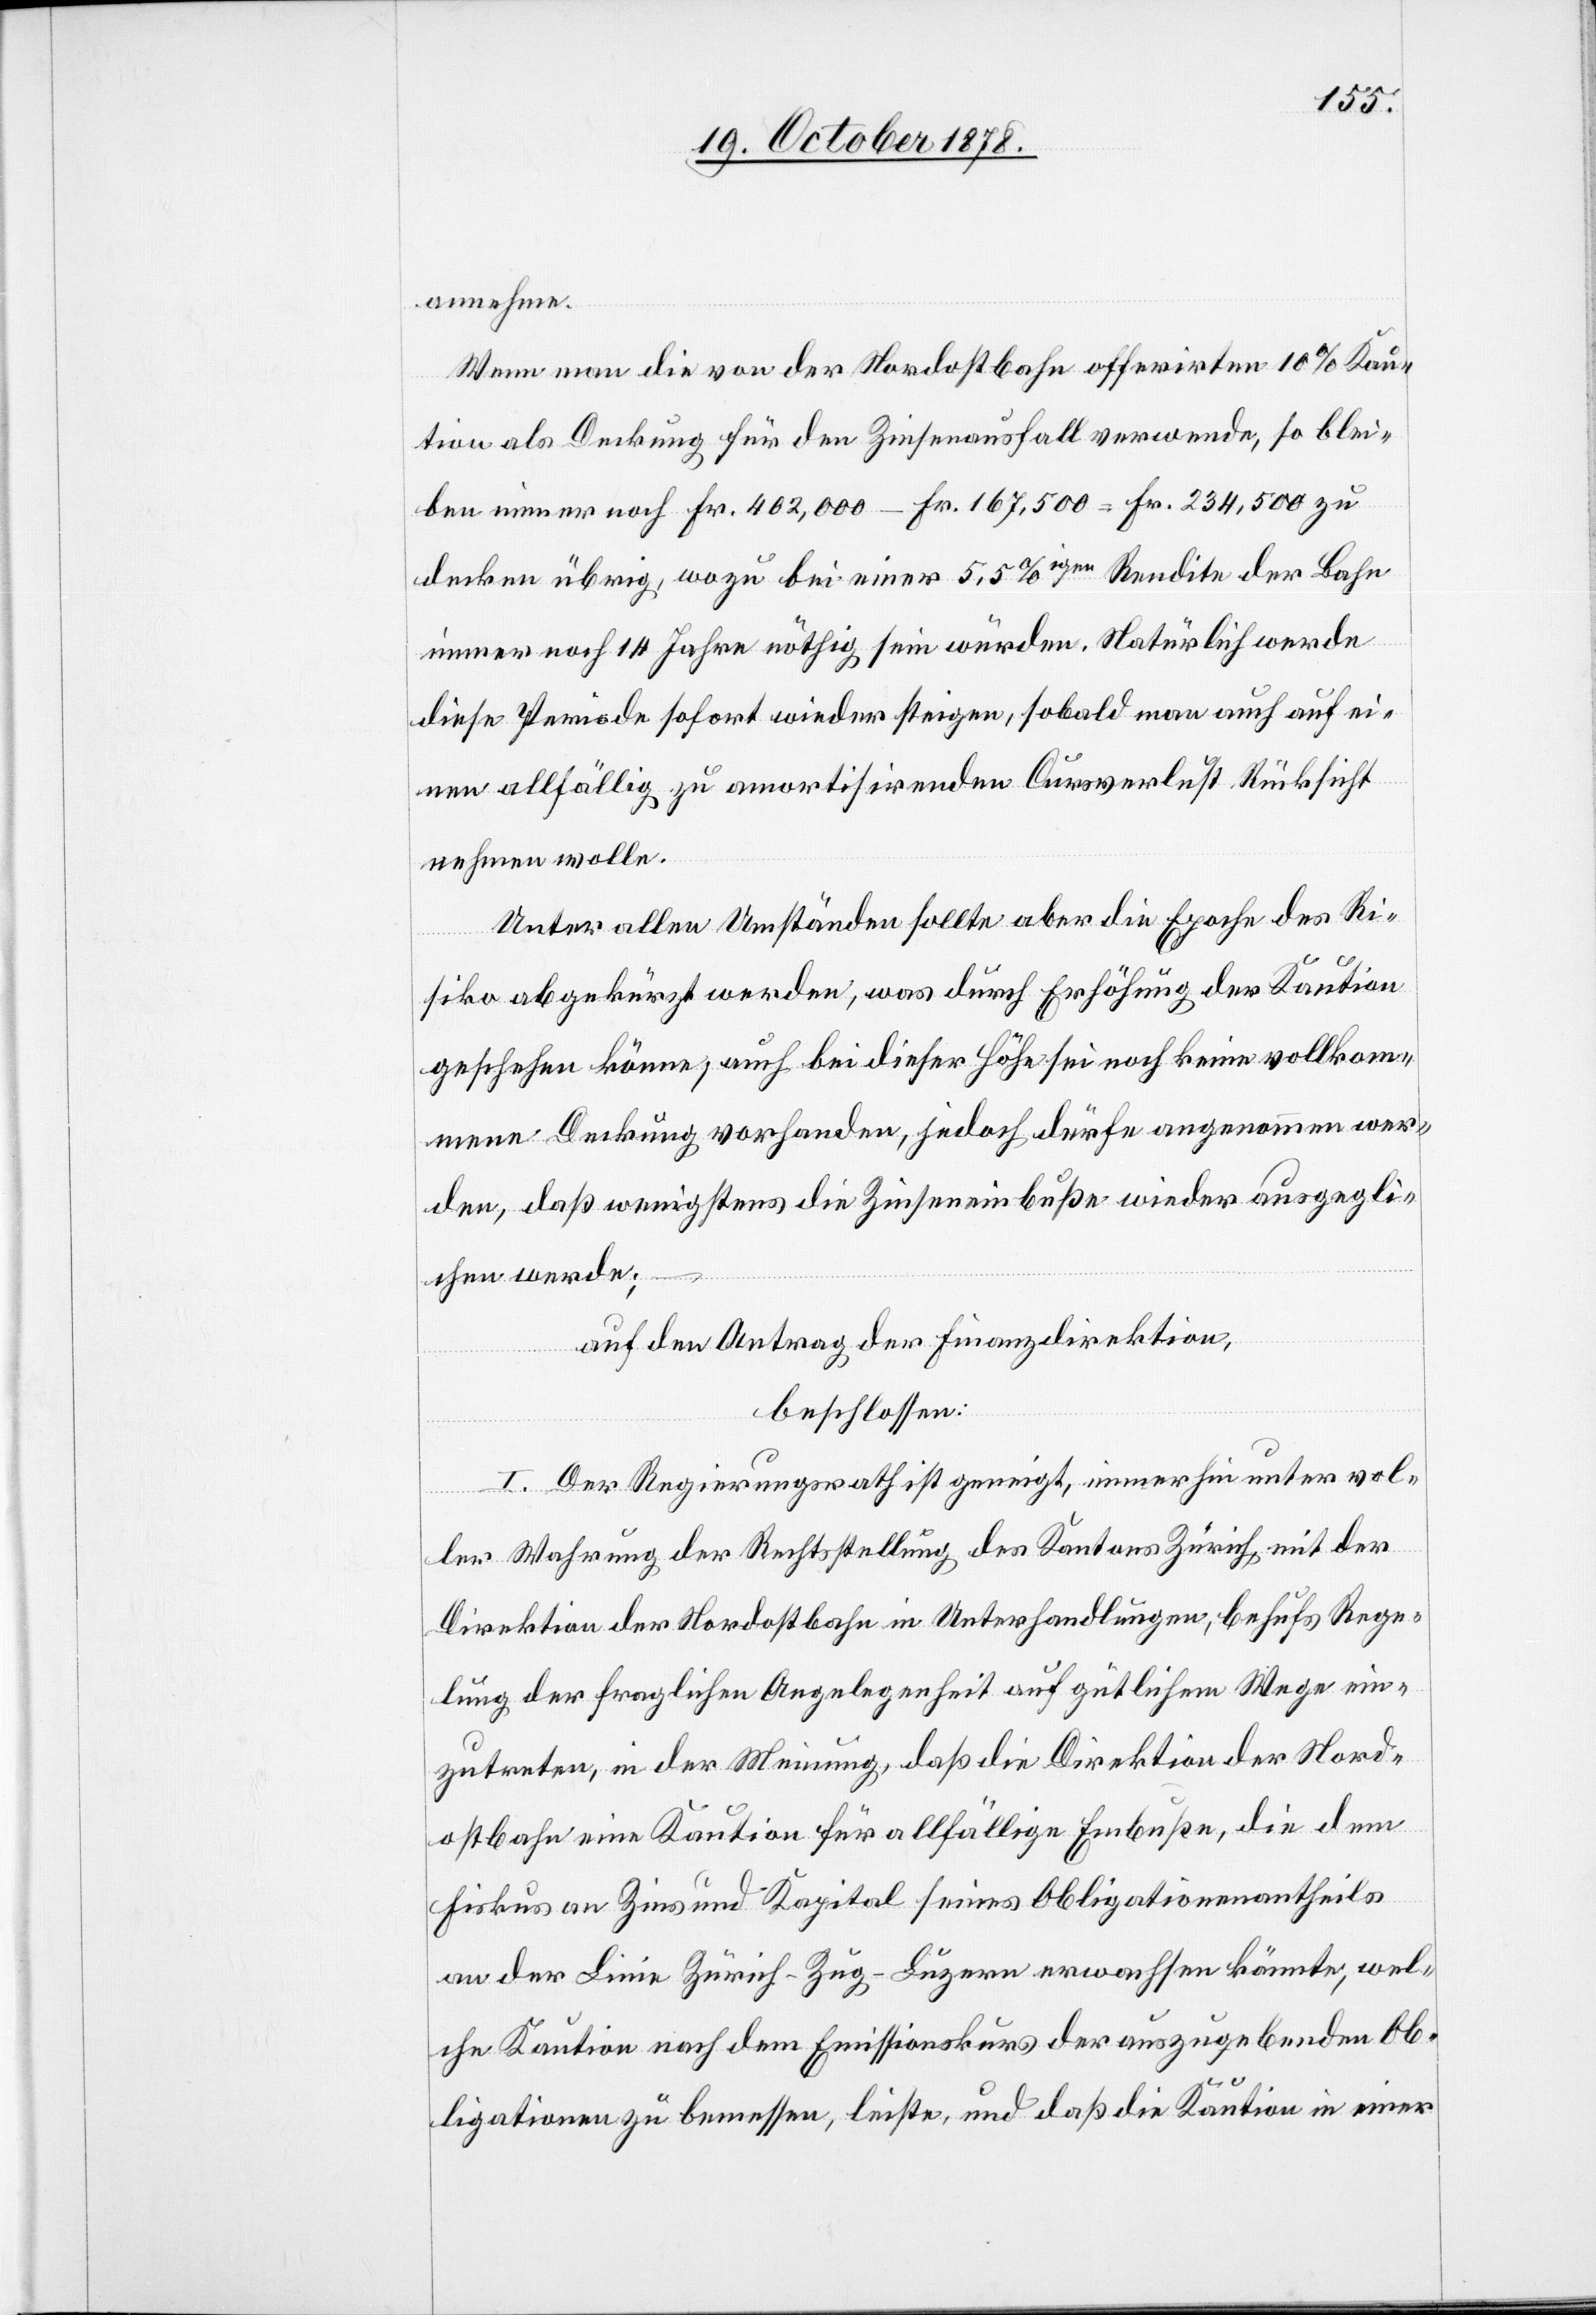
annehme.
Wenn man die von der Nordostbahn offerirte 10% Kau¬
tion als Deckung für den Zinsenausfall verwende, so blei¬
ben immer noch Fr. 402,000 – Fr. 167,500 = Fr. 234,500 zu
decken übrig, wozu bei einer 5,5%igen Rendite der Bahn
immer noch 14 Jahre nöthig sein würden. Natürlich werde
diese Periode sofort wieder steigen, sobald man auch auf ei¬
nen allfällig zu amortisirenden Cursverlust Rücksicht
nehmen wolle.
Unter allen Umständen sollte aber die Epoche des Ri¬
siko abgekürzt werden, was durch Erhöhung der Kaution
geschehen könne, auch bei dieser Höhe sei noch keine vollkom¬
mene Deckung vorhanden, jedoch dürfe angenommen wer¬
den, daß wenigstens die Zinseneinbuße wieder ausgegli¬
chen werde;
auf den Antrag der Finanzdirektion,
beschlossen:
I. Der Regierungsrath ist geneigt, immerhin unter vol¬
ler Wahrung der Rechtsstellung des Kantons Zürich, mit der
Direktion der Nordostbahn in Unterhandlungen, behufs Rege¬
lung der fraglichen Angelegenheit auf gütlichem Wege ein¬
zutreten, in der Meinung, daß die Direktion der Nord¬
ostbahn eine Kaution für allfällige Einbuße, die dem
Fiskus an Zins und Kapital seines Obligationenantheils
an der Linie Zürich–Zug–Luzern erwachsen könnte, wel¬
che Kaution nach dem Emissionskurs der auszugebenden Ob¬
ligationen zu bemessen, leiste, und daß die Kaution in einer